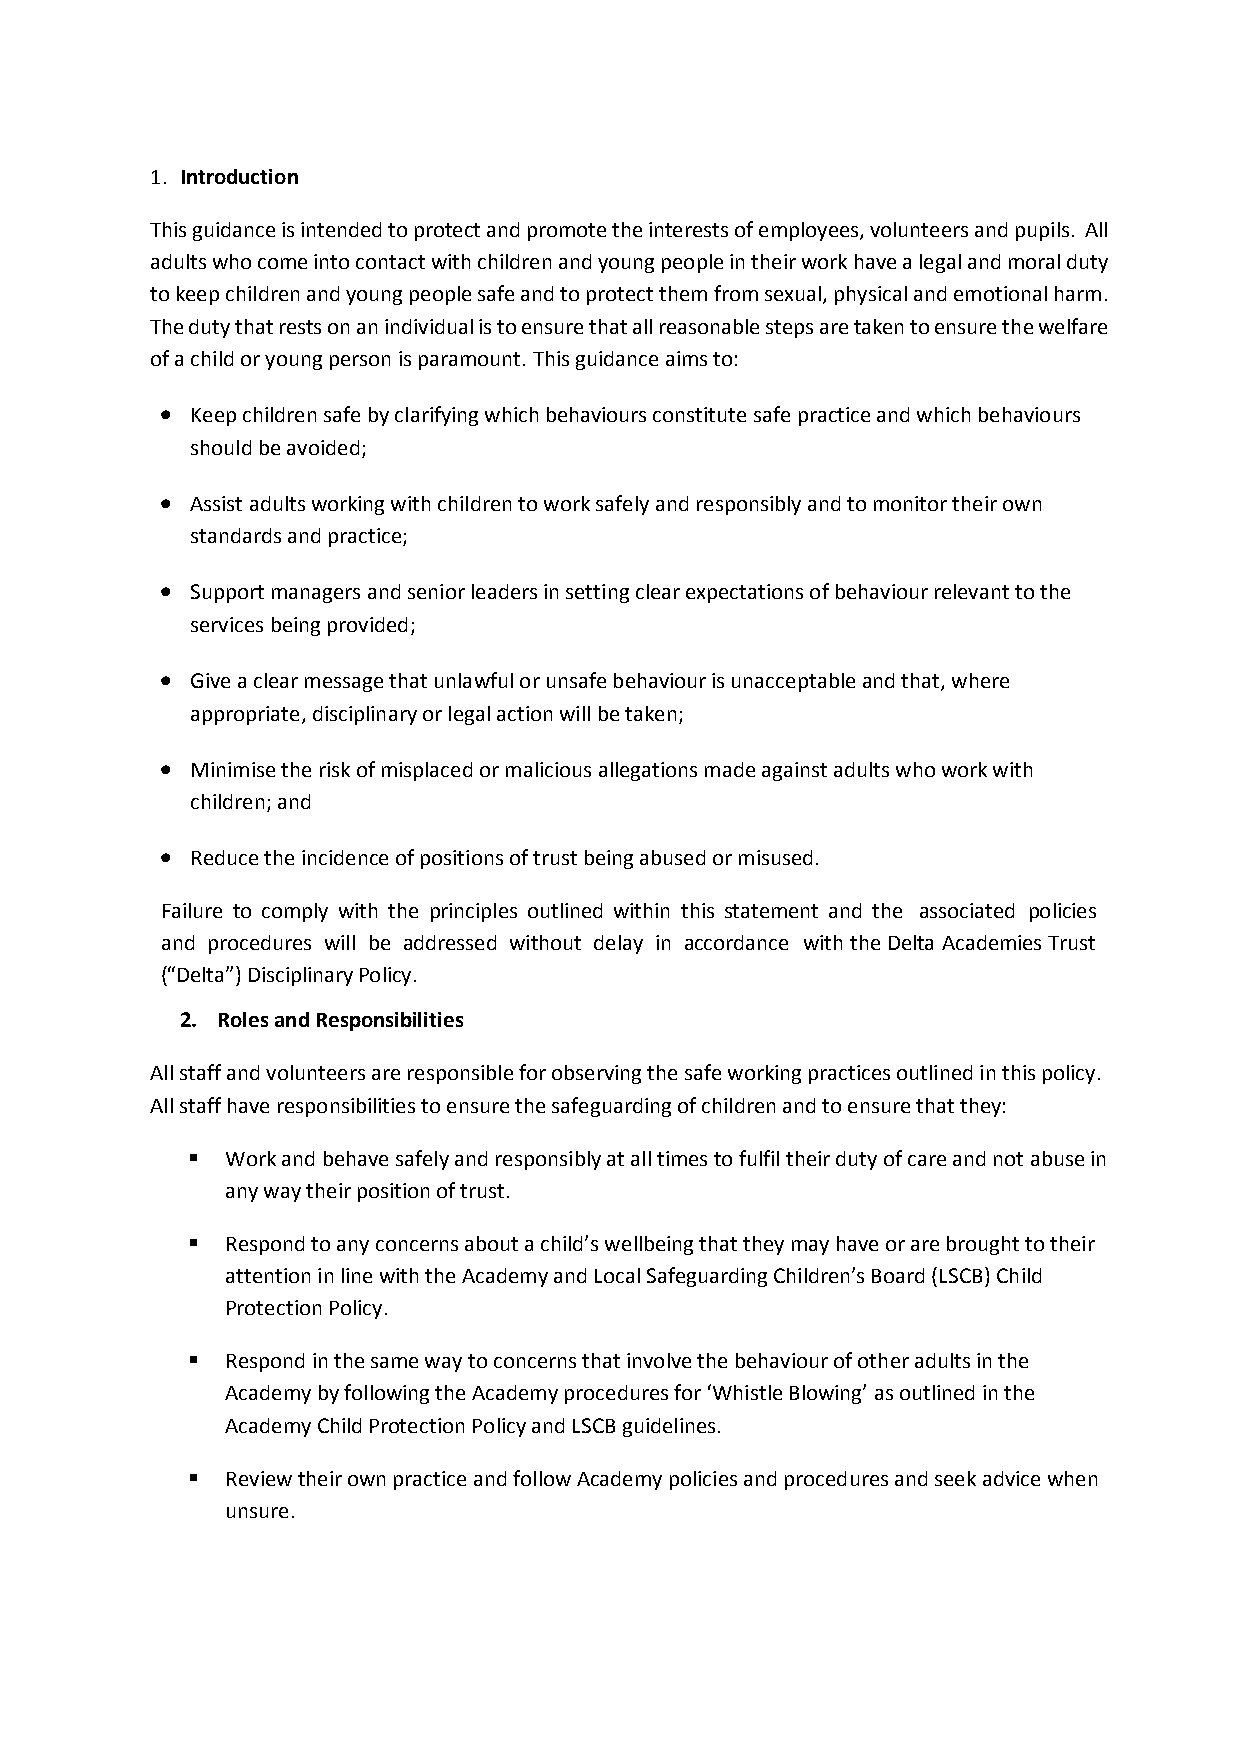
1. Introduction
 This guidance is intended to protect and promote the interests of employees, volunteers and pupils. All
 adults who come into contact with children and young people in their work have a legal and moral duty
 to keep children and young people safe and to protect them from sexual, physical and emotional harm.
 The duty that rests on an individual is to ensure that all reasonable steps are taken to ensure the welfare
 of a child or young person is paramount. This guidance aims to:
  Keep children safe by clarifying which behaviours constitute safe practice and which behaviours
 should be avoided;
  Assist adults working with children to work safely and responsibly and to monitor their own
 standards and practice;
  Support managers and senior leaders in setting clear expectations of behaviour relevant to the
 services being provided;
  Give a clear message that unlawful or unsafe behaviour is unacceptable and that, where
 appropriate, disciplinary or legal action will be taken;
  Minimise the risk of misplaced or malicious allegations made against adults who work with
 children; and
  Reduce the incidence of positions of trust being abused or misused.
 Failure to comply with the principles outlined within this statement and the associated policies
 and procedures will be addressed without delay in accordance with the Delta Academies Trust
 (“Delta”) Disciplinary Policy.
 2. Roles and Responsibilities
 All staff and volunteers are responsible for observing the safe working practices outlined in this policy.
 All staff have responsibilities to ensure the safeguarding of children and to ensure that they:
   Work and behave safely and responsibly at all times to fulfil their duty of care and not abuse in
 any way their position of trust.
   Respond to any concerns about a child’s wellbeing that they may have or are brought to their
 attention in line with the Academy and Local Safeguarding Children’s Board (LSCB) Child
 Protection Policy.
   Respond in the same way to concerns that involve the behaviour of other adults in the
 Academy by following the Academy procedures for ‘Whistle Blowing’ as outlined in the
 Academy Child Protection Policy and LSCB guidelines.
   Review their own practice and follow Academy policies and procedures and seek advice when
 unsure.